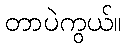
တာပဲကွယ်။